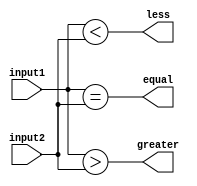
module inequality_comparator(
    input [7:0] input1,
    input [7:0] input2,
    output greater,
    output less,
    output equal
);

assign greater = (input1 > input2);
assign less = (input1 < input2);
assign equal = (input1 == input2);

endmodule